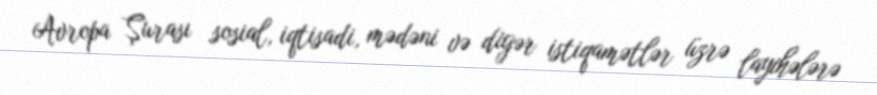
Avropa Şurası sosial, iqtisadi, mədəni və digər istiqamətlər üzrə layihələrə